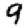
Digit: 9